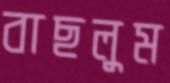
বাছলুম